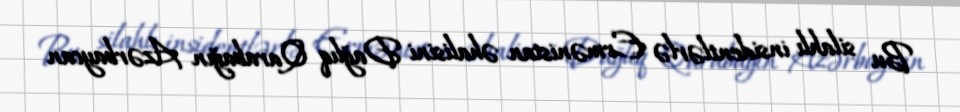
Bu silahlı insidentlərlə Ermənistan əhalisini Dağlıq Qarabağın Azərbaycan